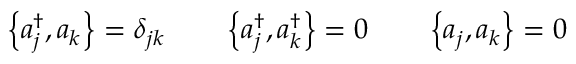
\left\{ a _ { j } ^ { \dagger } , a _ { k } \right\} = \delta _ { j k } \qquad \left\{ a _ { j } ^ { \dagger } , a _ { k } ^ { \dagger } \right\} = 0 \qquad \left\{ a _ { j } , a _ { k } \right\} = 0